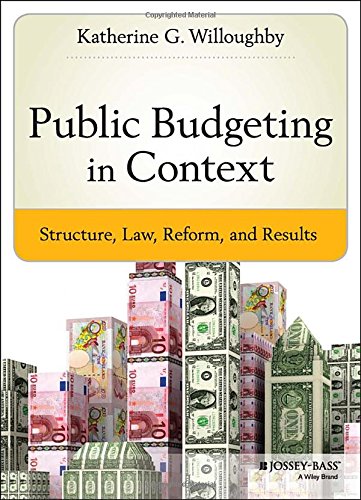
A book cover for Public Budgeting in Context: Structure, Law, Reform and Results (Bryson Series in Public and Nonprofit Management); Katherine G. Willoughby; Business & Money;